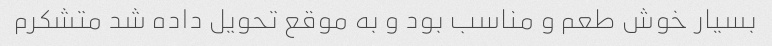
بسیار خوش طعم و مناسب بود و به موقع تحویل داده شد متشکرم